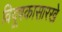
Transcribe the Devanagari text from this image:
विदूषकासारखे